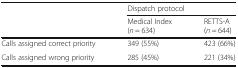
<table><thead><tr><td rowspan="2"></td><td colspan="2"><b>Dispatch protocol</b></td></tr><tr><td><b>Medical Index (<i>n</i> = 634)</b></td><td><b>RETTS-A (<i>n</i> = 644)</b></td></tr></thead><tbody><tr><td>Calls assigned correct priority</td><td>349 (55%)</td><td>423 (66%)</td></tr><tr><td>Calls assigned wrong priority</td><td>285 (45%)</td><td>221 (34%)</td></tr></tbody></table>